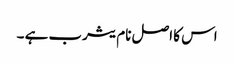
اس کا اصل نام یثرب ہے ۔